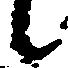
候